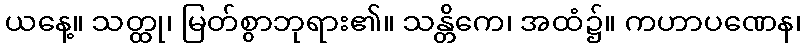
ယနေ့။ သတ္ထု၊ မြတ်စွာဘုရား၏။ သန္တိကေ၊ အထံ၌။ ကဟာပဏေန၊